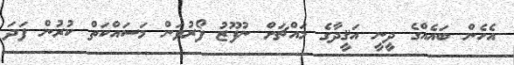
އެހެން ބައެއްގެ ދީނީ އަޤީދާގެ މައްޗަށް ނުފޫޒު ފޯރުވަން މަސައްކަތް ކުރުން ފަދަ